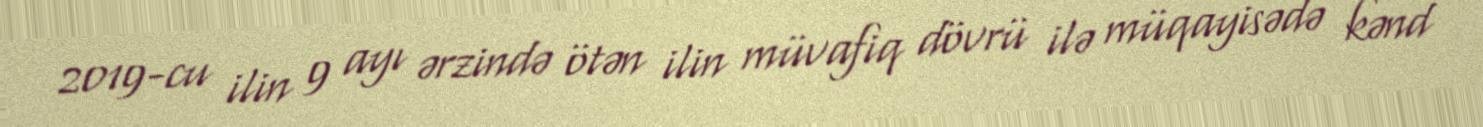
2019-cu ilin 9 ayı ərzində ötən ilin müvafiq dövrü ilə müqayisədə kənd